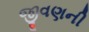
જીવણની